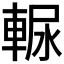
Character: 𰹒